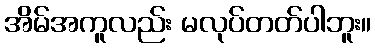
အိမ်အကူလည်း မလုပ်တတ်ပါဘူး။